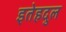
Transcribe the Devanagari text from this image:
इतेहदुल